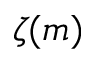
\zeta ( m )